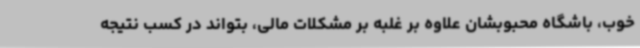
خوب، باشگاه محبوبشان علاوه بر غلبه بر مشکلات مالی، بتواند در کسب نتیجه